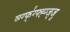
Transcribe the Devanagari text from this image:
व्ग्ग्फ्॑ग्फ्ह्ग्ज्जु